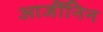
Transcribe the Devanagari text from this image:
आर्जीनिन